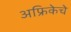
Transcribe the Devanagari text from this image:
अफ्रिकेचे